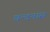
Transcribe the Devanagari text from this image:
चन्दनास